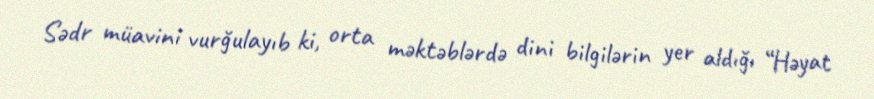
Sədr müavini vurğulayıb ki, orta məktəblərdə dini bilgilərin yer aldığı “Həyat